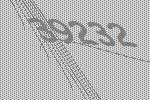
39232